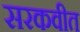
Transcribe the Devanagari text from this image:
सरकवीत